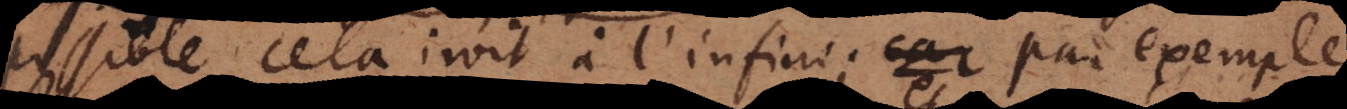
possible cela iroit à l’infini; par exemple